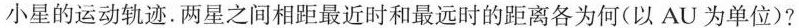
小星的运动轨迹.两星之间相距最近时和最远时的距离各为何(以AU为单位)?